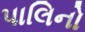
પાલિનો